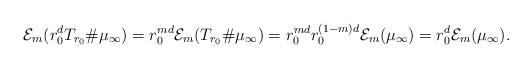
LaTeX: \begin{align*}\mathcal{E}_m(r_0^{d}T_{r_0}\#\mu_\infty)=r_0^{md}\mathcal{E}_m(T_{r_0}\#\mu_\infty)=r_0^{md}r_0^{(1-m)d}\mathcal{E}_m(\mu_\infty)=r_0^{d}\mathcal{E}_m(\mu_\infty).\end{align*}